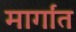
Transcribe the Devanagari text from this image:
मार्गांत